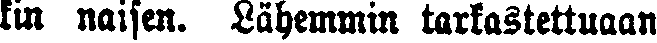
kin naisen. Lähemmin tarkastettuaan